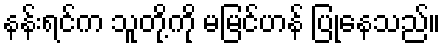
နန်းရင်က သူတို့ကို မမြင်ဟန် ပြုနေသည်။